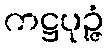
ကဋ္ဌပုဉ္ဇံ